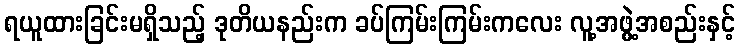
ရယူထားခြင်းမရှိသည့် ဒုတိယနည်းက ခပ်ကြမ်းကြမ်းကလေး လူ့အဖွဲ့အစည်းနှင့်